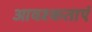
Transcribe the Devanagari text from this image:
आवश्कताएं